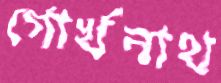
গোর্খনাথ